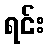
ရင်း